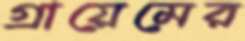
গ্রায়েমের